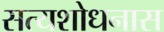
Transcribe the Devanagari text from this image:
सत्यशोधनास